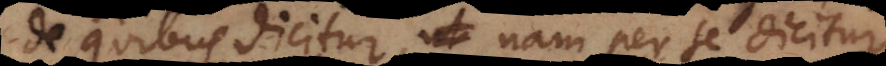
de quibus dicitur, nam per se dicitur